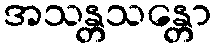
အသန္တသန္တော